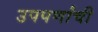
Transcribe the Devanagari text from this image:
उपपर्णांची